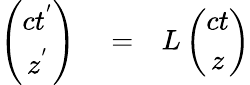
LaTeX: \begin{array}{rlr}{\left(\begin{array}{cc}{ct^{'}}\\ {z^{'}}\end{array}\right)}&{{}=}&{L\left(\begin{array}{cc}{ct}\\ {z}\end{array}\right)}\end{array}